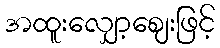
အထူးလျှော့ဈေးဖြင့်